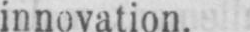
innovation.